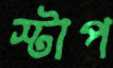
স্টাপ